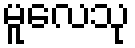
မူလေသု